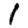
Digit: 1